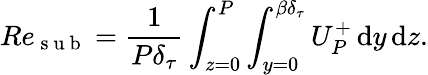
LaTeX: Re_{\mathrm{~s~u~b~}}=\frac{1}{P\delta_{\tau}}\int_{z=0}^{P}\int_{y=0}^{{\beta}\delta_{\tau}}U_{P}^{+}\, \mathrm{d}y\, \mathrm{d}z.